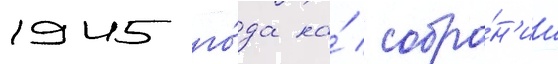
1945 го́да на́ собра́н'ии